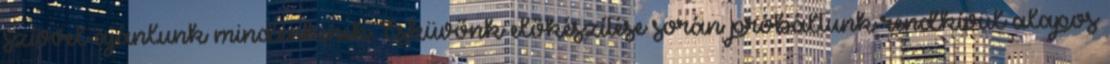
szívvel ajánlunk mindenkinek Esküvőnk előkészítése során próbáltunk rendkívül alapos